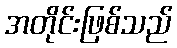
အတိုင်းဖြစ်သည်